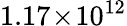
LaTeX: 1.17\! \times\! 10^{12}